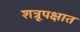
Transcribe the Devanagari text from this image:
शत्रूपक्षात